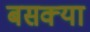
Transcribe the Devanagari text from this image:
बसक्या